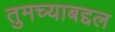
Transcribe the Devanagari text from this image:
तुमच्याबद्दल